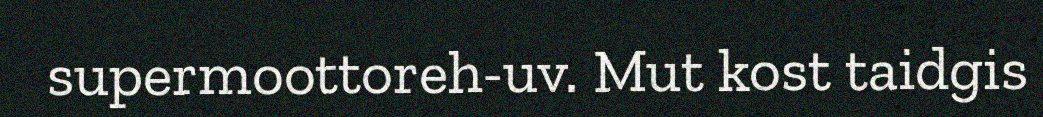
supermoottoreh-uv. Mut kost taidgis